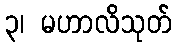
၃၊ မဟာလိသုတ်